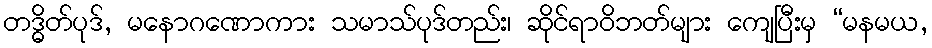
တဒ္ဓိတ်ပုဒ်, မနောဂဏောကား သမာသ်ပုဒ်တည်း၊ ဆိုင်ရာဝိဘတ်များ ကျေပြီးမှ “မနမယ,